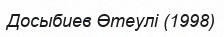
Досыбиев Өтеулі (1998)